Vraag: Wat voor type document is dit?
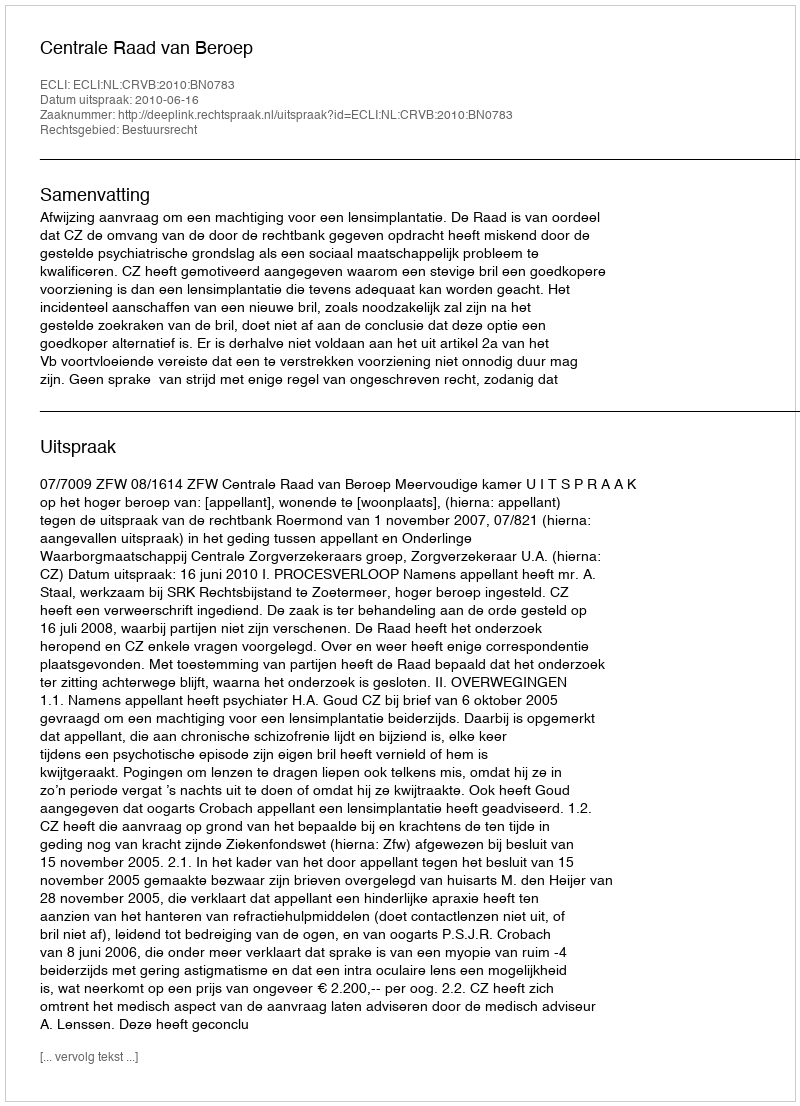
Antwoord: Uitspraak